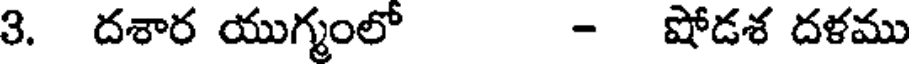
3. దశార యుగ్మంలో - షోడశ దళము